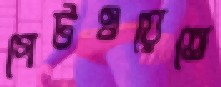
গেটওয়েতে